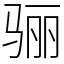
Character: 骊